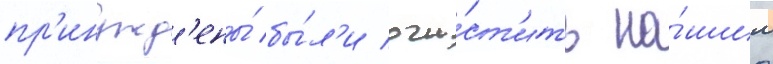
пр'инужд'ены́ бы́л'и очи́ст'ить на́шим